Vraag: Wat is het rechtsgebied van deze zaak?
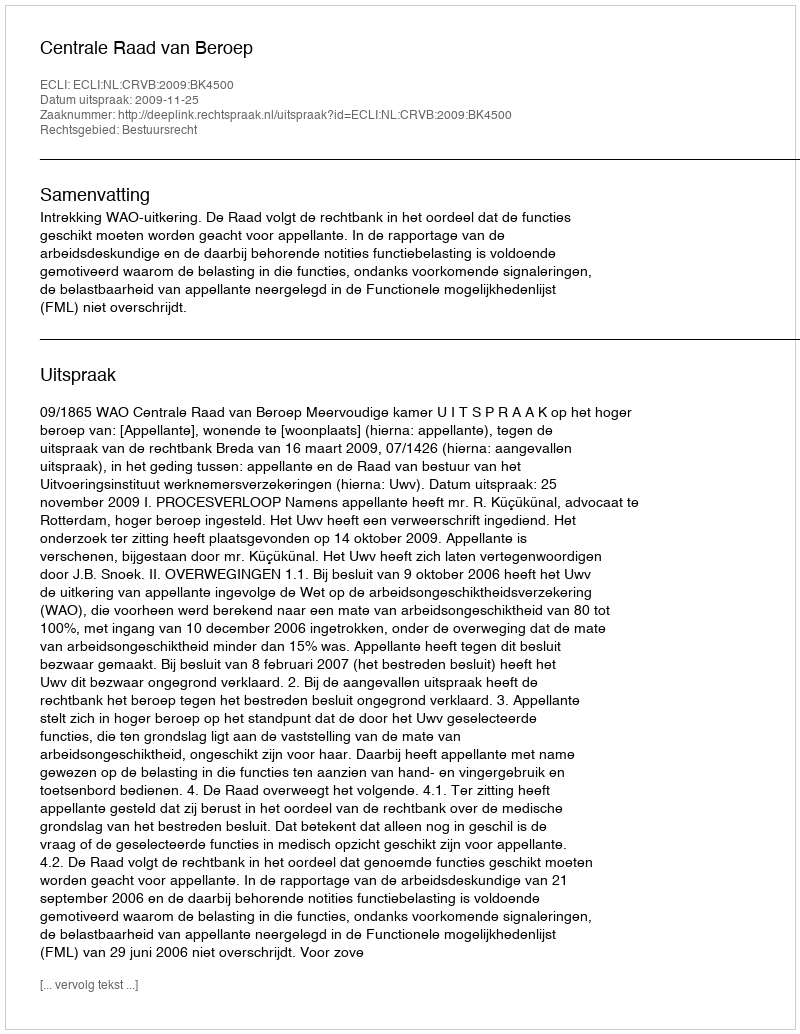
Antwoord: Bestuursrecht